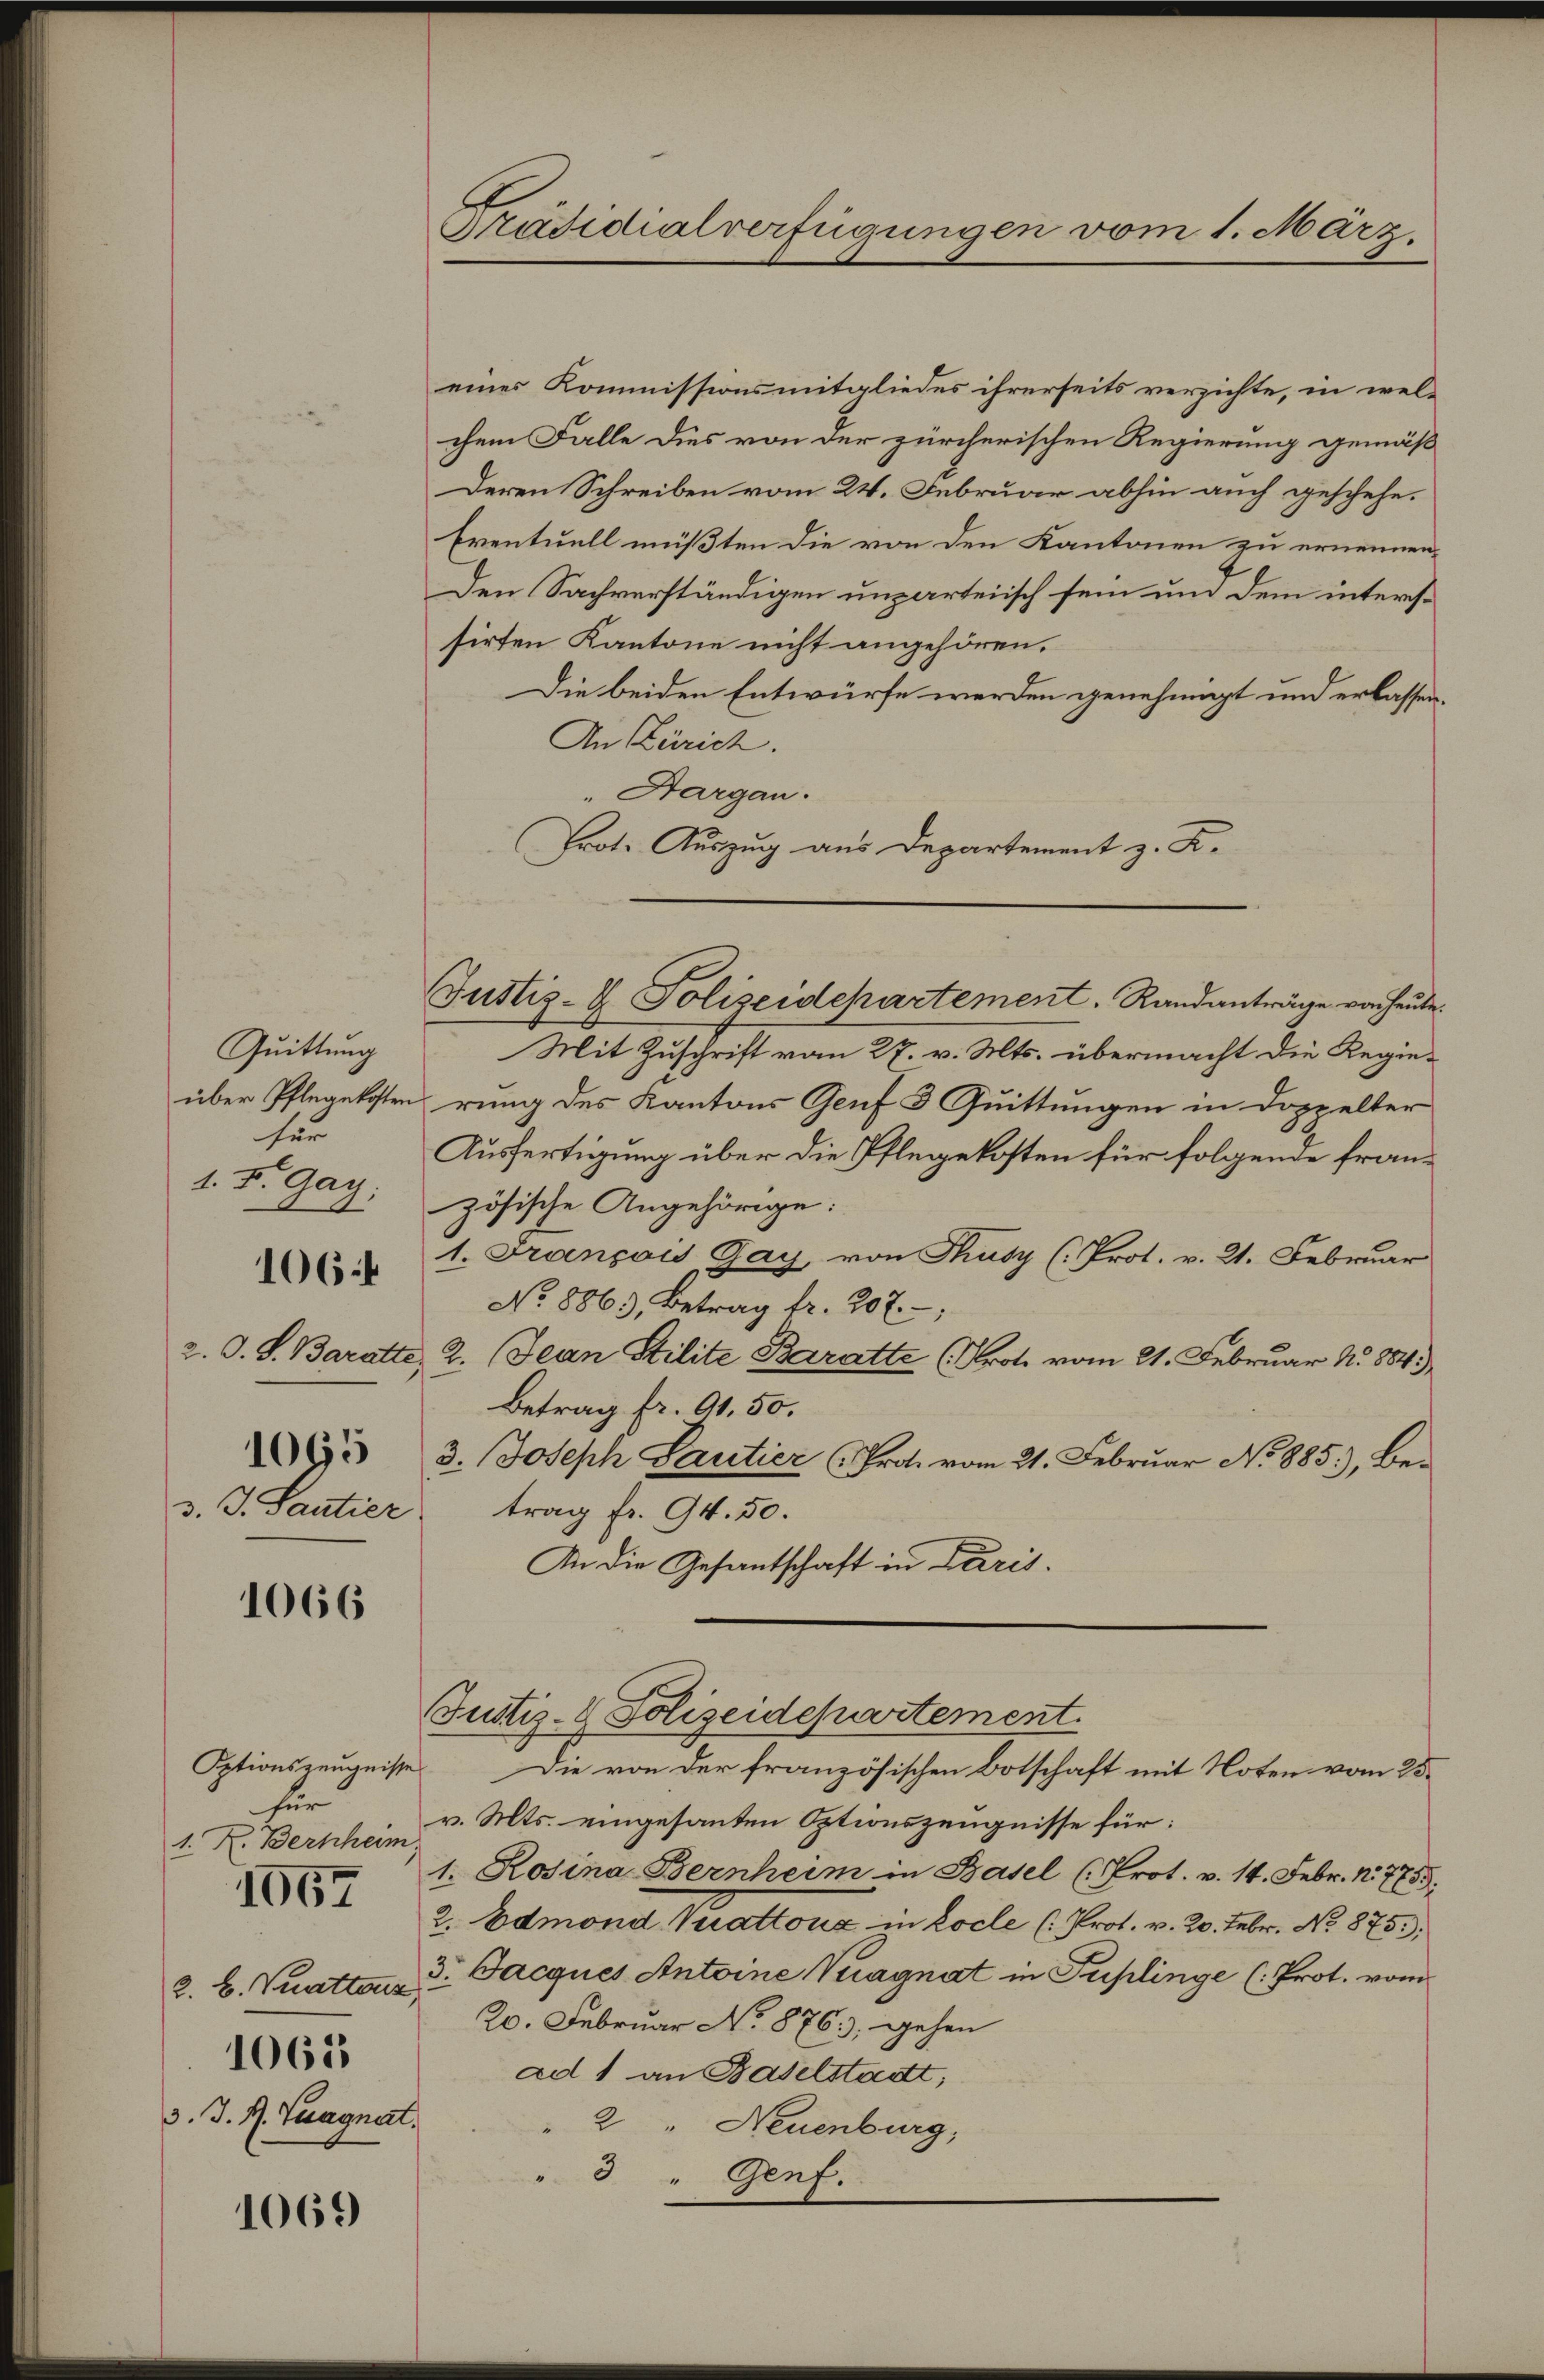
Quittung
über Pflegekosten
für
1. d. Gag:

106.

2. O. S. Baratte.
1065
v. J. Santier

1066

Optionszeugnisse
für
1. K. Bernheim
1067

2. B. Quattous
3. J. R. Tuagner

1065

1069

Prädidialverfügungen vom 1. März.

eines Kommissionsmitgliedes ihrerseits verzichte, in wel-
chem Falle dies von der zürcherischen Regierung gemäß
Deren Schreiben vom 24. Februar abhin auch geschehe¬
Eventuell müßten die von den Kantonen zu ernennen.
Den Sachverständigen unparteiisch sein und dem interssirten Kantone nicht angehören.
Die beiden Entwürfe werden genehmigt und erlassen.
An Zürich.
" Aargau.
Prot. Auszug aus Departement z. K.

Justiz- & Polizeidepartement. Randanträge von heute.

Mit Zuschrift vom 27. v. Mts. übermacht die Regierung des Kantons Genf 3 Quittungen in Doppelter
Ausfertigung über die Pflegekosten für folgende französische Angehörige:
1. Françoi Gay, von Thusy (Prot. v. 21. Februar
No 8863, Betrag fr. 207.
2. Jean Stilite Baratte (Prote vom 21. Februar N. 884.
Betrag fr. 91. 50.
3. Joseph Santier (Prot. vom 21. Februar No 885.), Betrag fr. 94. 50.
An die Gesantschaft in Paris¬
Justiz- & Polizeidepartement.
Die von der französischen Botschaft mit Noten vom 25.
v. Mts. eingesanten Optionszeugnisse für:
1. Rosina Bernheim in Basel (Prot. v. 14. Febr. 17755.
2. Admond Vuattouz in Locle (Prot. v. 20. Febr. No. 875);
3. Jacques Antoine Vuagnat in Puplinge (: Prot. vom
20. Februar No 876.), gehen
ad 1 an Baselstadtt;
2 " Neuenburg,
"3 " Genf.